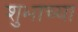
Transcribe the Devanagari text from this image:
शुभाच्या